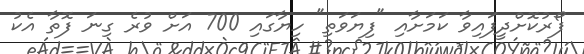
ފޯރުކޮށްދީފައިވާ ކަމަށާއި "ފިޔަވަތި" ހިޔާގައި 700 އަށް ވުރެ ގިނަ ފޮތާ އެކު